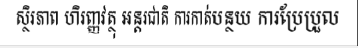
ស្ថិរភាព ហិរញ្ញវត្ថុ អន្តរជាតិ ការកាត់បន្ថយ ការប្រែប្រួល